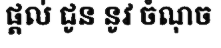
ផ្តល់ ជូន នូវ ចំណុច